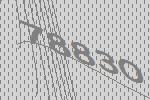
78830